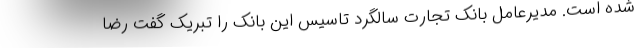
شده است. مدیرعامل بانک تجارت سالگرد تاسیس این بانک را تبریک گفت رضا